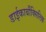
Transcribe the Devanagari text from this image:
डाईकार्बौक्सिलिक